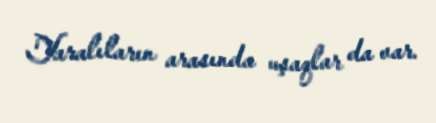
Yaralıların arasında uşaqlar da var.